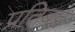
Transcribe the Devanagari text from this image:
प्रतिबद्द